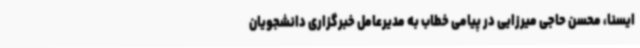
ایسنا، محسن حاجی میرزایی در پیامی خطاب به مدیرعامل خبرگزاری دانشجویان